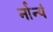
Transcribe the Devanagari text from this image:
र्नान्यं